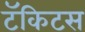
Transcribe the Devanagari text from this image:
टॅकिटस